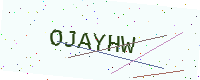
Text: OJAYHW